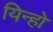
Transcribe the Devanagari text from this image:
यिन्हो